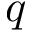
q